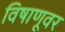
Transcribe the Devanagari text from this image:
विषाणूवर